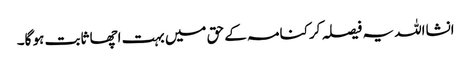
انشااللہ یہ فیصلہ کرکنامہ کے حق میں بہت اچھا ثابت ہو گا۔